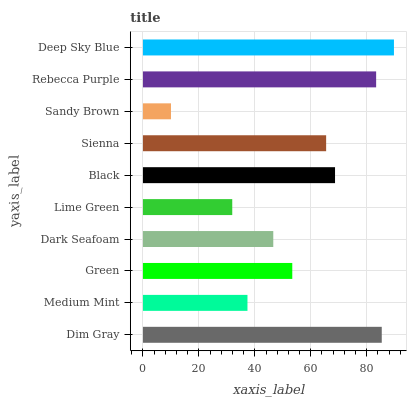
| yaxis_label | bars |
 | --- | --- |
 | Dim Gray | 85.4 |
 | Medium Mint | 37.4 |
 | Green | 53.4 |
 | Dark Seafoam | 46.6 |
 | Lime Green | 31.9 |
 | Black | 68.7 |
 | Sienna | 65.5 |
 | Sandy Brown | 10 |
 | Rebecca Purple | 83.4 |
 | Deep Sky Blue | 89.7 |